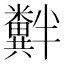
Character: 𫃘